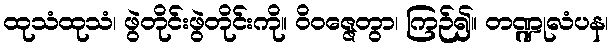
ထုသံထုသံ၊ ဖွဲတိုင်းဖွဲတိုင်းကို။ ဝိဝဇ္ဇေတွာ၊ ကြဉ်၍။ တဏ္ဍုလံပန၊